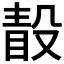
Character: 𣪭